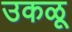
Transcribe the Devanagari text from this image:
उकळू